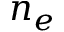
n _ { e }